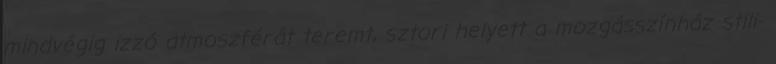
mindvégig izzó atmoszférát teremt, sztori helyett a mozgásszínház stili-